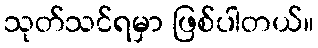
သုတ်သင်ရမှာ ဖြစ်ပါတယ်။